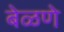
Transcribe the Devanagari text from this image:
बेळणे